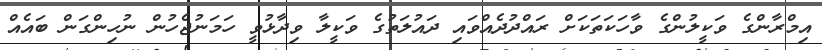
އިމްރާންގެ ވަކީލުންގެ ވާހަކަތަކަށް ރައްދުދެއްވައި ދައުލަތުގެ ވަކީލާ ވިދާޅުވީ ހަމަނުޖެހުން ނުހިންގަން ބައެއް